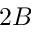
2 B